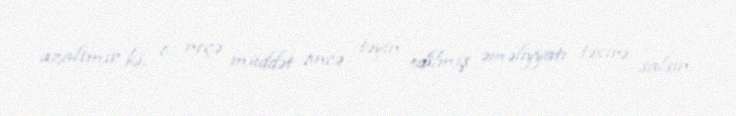
azaltmır ki, o, neçə müddət öncə təyin edilmiş əməliyyatı təxirə salsın.